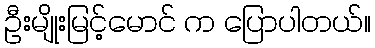
ဦးမျိုးမြင့်မောင် က ပြောပါတယ်။